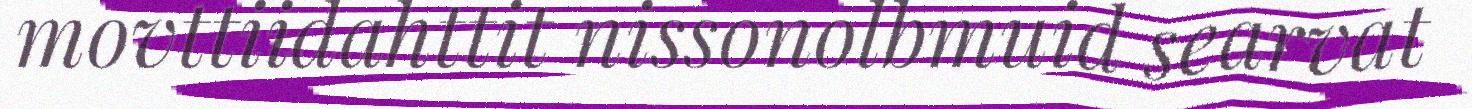
movttiidahttit nissonolbmuid searvat